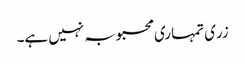
زری تمہاری محبوبہ نہیں ہے۔